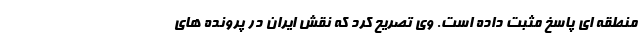
منطقه ای پاسخ مثبت داده است. وی تصریح کرد که نقش ایران در پرونده های